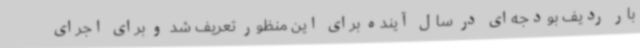
بار ردیف بودجه‌ای در سال آینده برای این منظور تعریف شد و برای اجرای